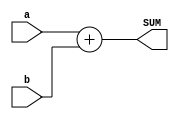
`timescale 1ns / 1ps
//////////////////////////////////////////////////////////////////////////////////
// Company: 
// Engineer: 
// 
// Design Name: 
// Module Name: signed_adder
// Project Name: 
// Target Devices: 
// Tool Versions: 
// Description: 
// 
// Dependencies: 
// 
// Revision:
// Revision 0.01 - File Created
// Additional Comments:
// 
//////////////////////////////////////////////////////////////////////////////////


module signed_adder #(parameter  WL =15)(
    input signed [WL-1:0] a,b,

    output signed [WL:0] SUM
    );
    
    assign  SUM = a+b;
    
endmodule